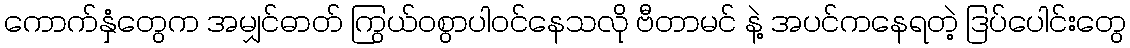
ကောက်နှံတွေက အမျှင်ဓာတ် ကြွယ်ဝစွာပါဝင်နေသလို ဗီတာမင် နဲ့ အပင်ကနေရတဲ့ ဒြပ်ပေါင်းတွေ